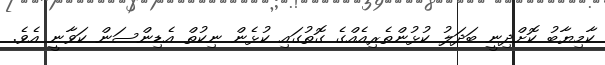
ކާމިޔާބު ކޮށްދިނީ ބަދަލު ކުޅުންތެރިއެއްގެ ގޮތުގައި ކުޅެން ނިކުތް އެޑިންސަން ކަވާނީ އެވެ.